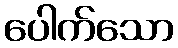
ပေါက်သော